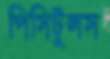
পিসিটুলস